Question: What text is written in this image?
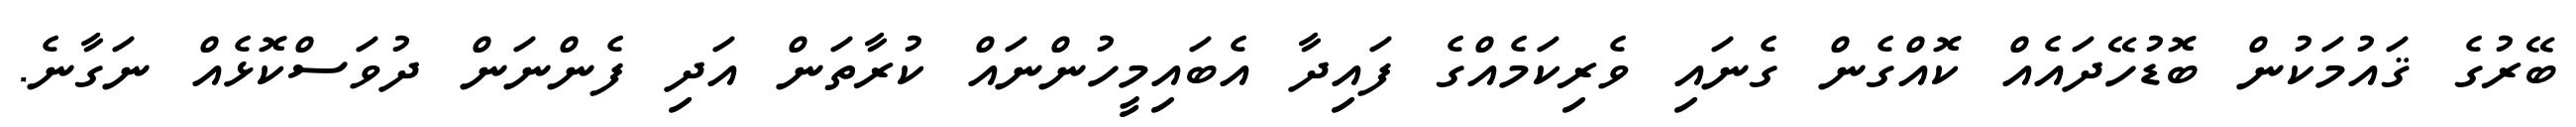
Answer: ބޭރުގެ ޤައުމަކުން ބޮޑުހޭދައެއް ކޮއްގެން ގެނައި ވެރިކަމެއްގެ ފައިދާ އެބައިމީހުންނައް ކުރާތަން އަދި ފެންނަން ދުވަސްކޮޅެއް ނަގާނެ.